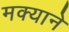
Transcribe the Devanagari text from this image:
मक्याने